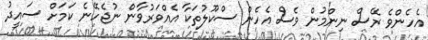
އެހެންވެ ރޭސް ނިންމުން ވެސް އެހެން ސްކޫލުތަކާ އެއްވަރުވާން ނުޖެހޭނެ ކަމަށް ސައީދު